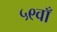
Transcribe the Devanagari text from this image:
५९वाँ